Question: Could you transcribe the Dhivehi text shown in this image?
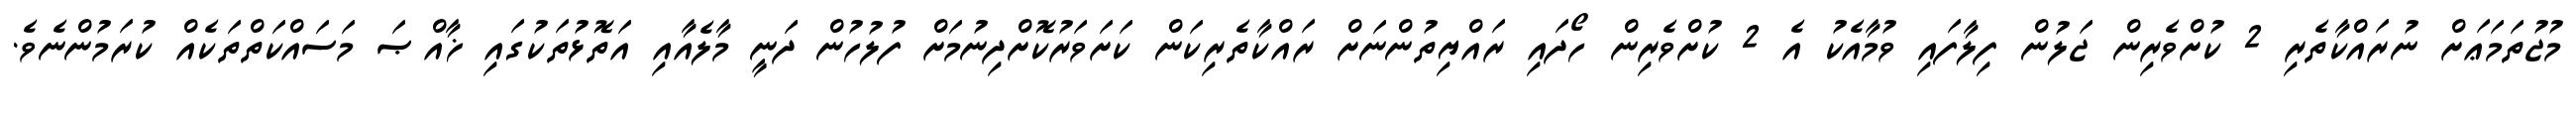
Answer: މުޖުތަމަޢަށް ނުރައްކާތެރި 2 ކުށްވެރިން ޖަލުން ފިލާފައި ވުމާއެކު އެ 2 ކުށްވެރިން ހޯދައި ރައްޔިތުންނަށް ރައްކާތެރިކަން ކަށަވަރުކޮށްދިނުމަށް ފުލުހުން ދަނީ މާލެއާއި އަތޮޅުތަކުގައި ޚާއްޞަ މަސައްކަތްތަކެއް ކުރަމުންނެވެ.